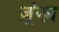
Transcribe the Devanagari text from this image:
ज़्रंका